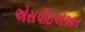
એસપીઇએઆર